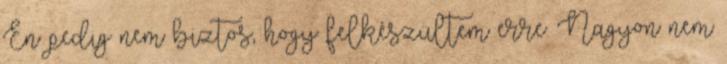
Én pedig nem biztos, hogy felkészültem erre. Nagyon nem